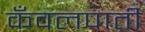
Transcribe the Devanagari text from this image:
कँवलपाती